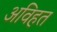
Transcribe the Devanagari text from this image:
अविहत